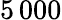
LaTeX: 5\, 000